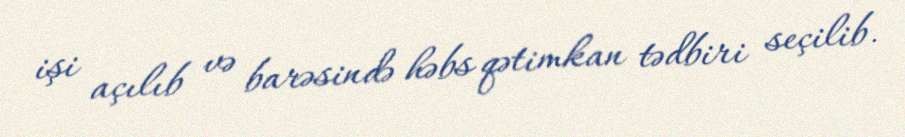
işi açılıb və barəsində həbs qətimkan tədbiri seçilib.